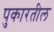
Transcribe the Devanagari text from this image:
पुकारतील